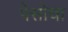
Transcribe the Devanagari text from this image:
पेसोचा